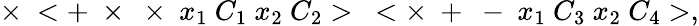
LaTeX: \times~<+~\times~\times~x_{1}~C_{1}~x_{2}~C_{2}>~<\times~+~-~x_{1}~C_{3}~x_{2}~C_{4}>,